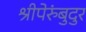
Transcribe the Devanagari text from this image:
श्रीपेरुंबुदुर